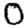
Digit: 0